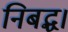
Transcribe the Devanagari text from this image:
निबद्ध।